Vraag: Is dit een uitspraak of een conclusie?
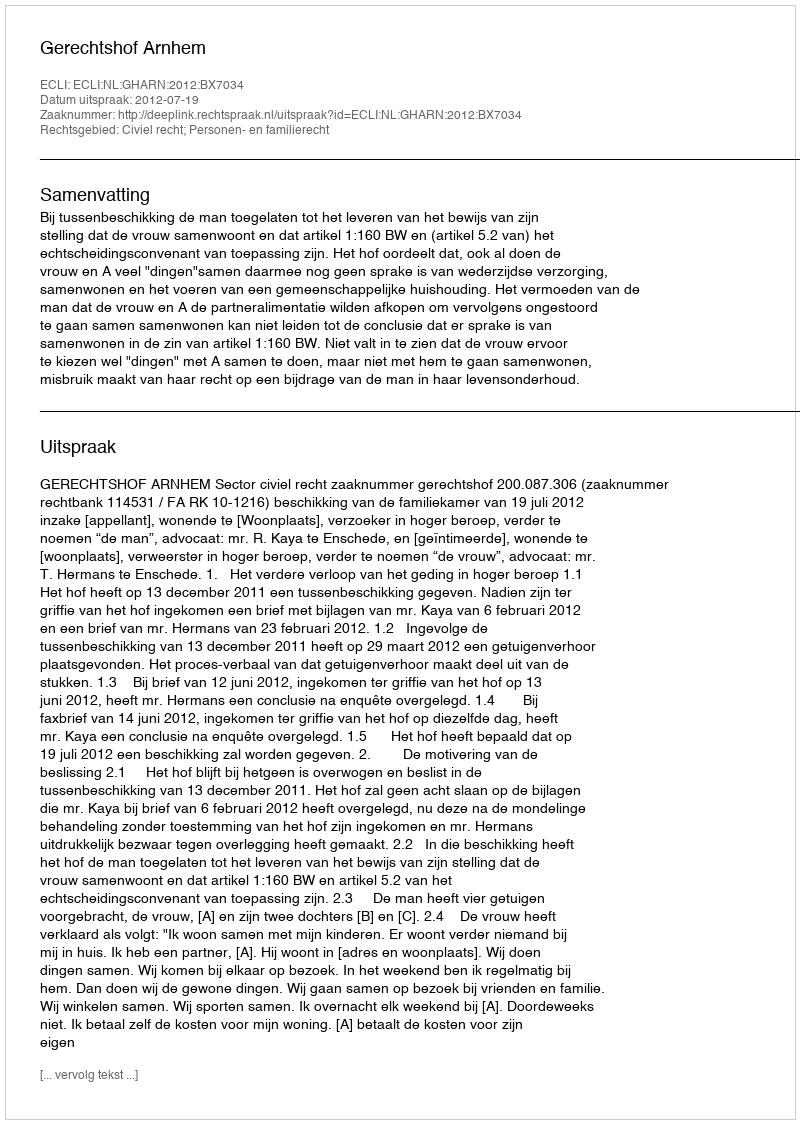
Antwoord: Uitspraak